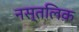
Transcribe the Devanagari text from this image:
नस्तलिक़